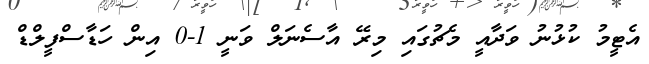
އެޓީމު ކުޅުނު ވަދާއީ މެޗުގައި މިރޭ އާސެނަލް ވަނީ 1-0 އިން ހަޑާސްފީލްޑް